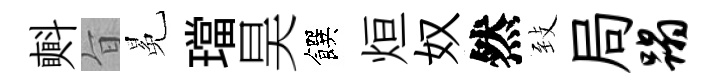
㪺旨冕璫昊饌烜奴然𦤺局蹋